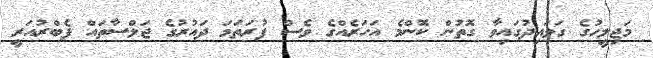
މަޖިލީހުގެ ގަވައިދުގައިވާ ގޮތުން ކޮންމެ އަހަރެއްގެ ވެސް ފުރަތަމަ ދައުރުގެ ޖަލްސާތައް ފެބްރުއަރީ